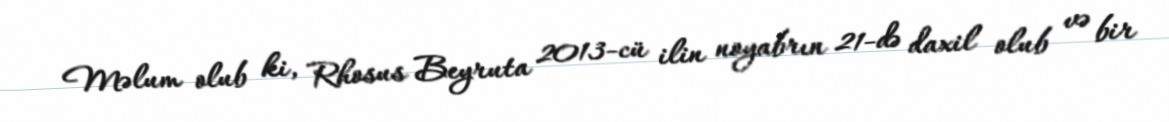
Məlum olub ki, Rhosus Beyruta 2013-cü ilin noyabrın 21-də daxil olub və bir